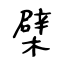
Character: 檗